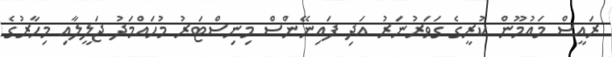
ރައީސް މައުމޫން ކުރީގެ ގަވަރުނަރު އަދި ފައިނޭންސް މިނިސްޓަރު މުހައްމަދު ޖަލީލާއި މިހާރުގެ